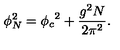
\phi _ { N } ^ { 2 } = { \phi _ { c } } ^ { 2 } + { \frac { g ^ { 2 } N } { 2 \pi ^ { 2 } } } .